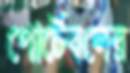
পোর্টেবলের